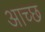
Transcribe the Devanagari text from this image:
आच्छ